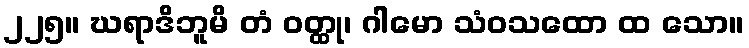
၂၂၅။ ဃရာဒိဘူမိ တံ ဝတ္ထု၊ ဂါမော သံဝသထော ထ သော။